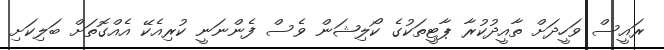
ރައީސް ވަހީދަށް ތާއީދުކުރާ ޕާޓީތަކުގެ ކޯލިޝަން ވެސް ފެންނަނީ ކުރިއެކޭ އެއްގޮތަށް ބަލިކަށި